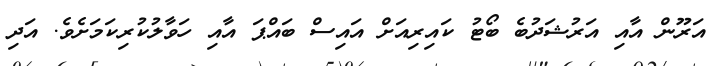
އަރޫން އާއި އަރުޝަދުބެ ބޯޓު ކައިރިއަށް އައިސް ބައްޕަ އާއި ހަވާލުކުރިކަމަށެވެ. އަދި